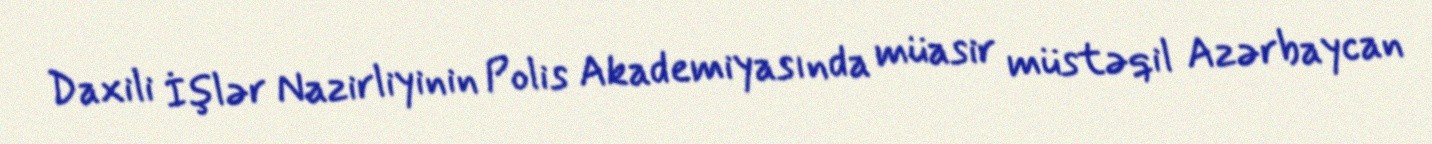
Daxili İşlər Nazirliyinin Polis Akademiyasında müasir müstəqil Azərbaycan